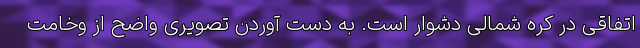
اتفاقی در کره شمالی دشوار است. به دست آوردن تصویری واضح از وخامت